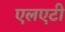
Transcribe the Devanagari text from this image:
एलएटी